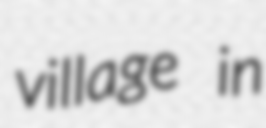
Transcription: village in